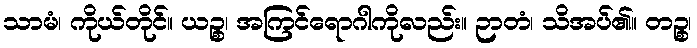
သာမံ၊ ကိုယ်တိုင်။ ယဉ္စ၊ အကြင်ရောဂါကိုလည်း။ ဉာတံ၊ သိအပ်၏။ တဉ္စ၊